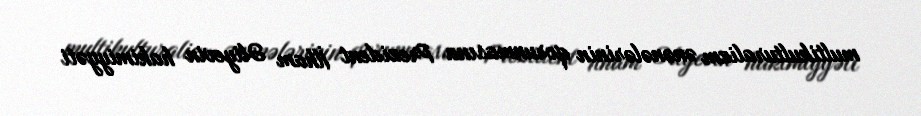
multikulturalizm ənənələrinin qorunmasına Prezident İlham Əliyevin hakimiyyəti